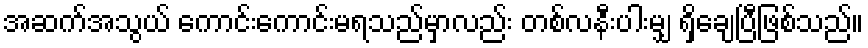
အဆက်အသွယ် ကောင်းကောင်းမရသည်မှာလည်း တစ်လနီးပါးမျှ ရှိချေပြီဖြစ်သည်။